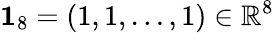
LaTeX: \boldsymbol{1}_{8}=(1,1,\dots,1)\in\mathbb{R}^{8}